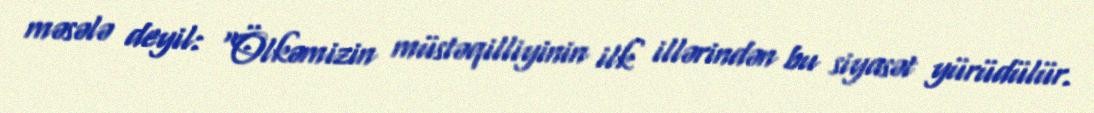
məsələ deyil: “Ölkəmizin müstəqilliyinin ilk illərindən bu siyasət yürüdülür.